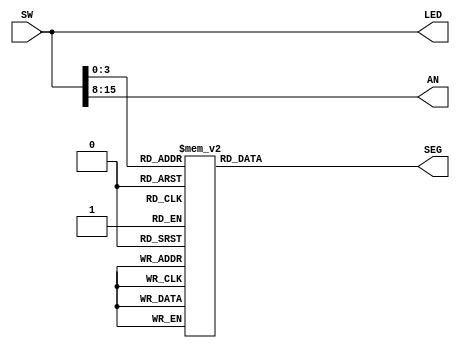
`timescale 1ns / 1ps
//////////////////////////////////////////////////////////////////////////////////
//
// HUST Verilog Experiment 2.2
//
// Pan Yue
//
//////////////////////////////////////////////////////////////////////////////////


module _7Seg_Driver_Decode(SW, SEG, AN, LED);
	input [15:0] SW;           // 16
	output reg [7:0] SEG;      // 7
	output [7:0] AN;           // 7
	output [15:0] LED;         // 16LED
	
	always@(SW[3:0])
	begin
	   case(SW[3:0])
	       4'b0000 : SEG[7:0] = 8'b11000000;
           4'b0001 : SEG[7:0] = 8'b11111001;
           4'b0010 : SEG[7:0] = 8'b10100100;
           4'b0011 : SEG[7:0] = 8'b10110000;
           4'b0100 : SEG[7:0] = 8'b10011001;
           4'b0101 : SEG[7:0] = 8'b10010010;
           4'b0110 : SEG[7:0] = 8'b10000010;
           4'b0111 : SEG[7:0] = 8'b11111000;
           4'b1000 : SEG[7:0] = 8'b10000000;
           4'b1001 : SEG[7:0] = 8'b10011000;
           4'b1010 : SEG[7:0] = 8'b10001000;
           4'b1011 : SEG[7:0] = 8'b10000011;
           4'b1100 : SEG[7:0] = 8'b11000110;
           4'b1101 : SEG[7:0] = 8'b10100001;
           4'b1110 : SEG[7:0] = 8'b10000110;
           default : SEG[7:0] = 8'b10001110;
        endcase
    end
    
    assign AN[7:0]   = SW[15:8];
    assign LED[15:0] = SW[15:0];
endmodule